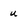
Character: u